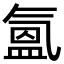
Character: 氳